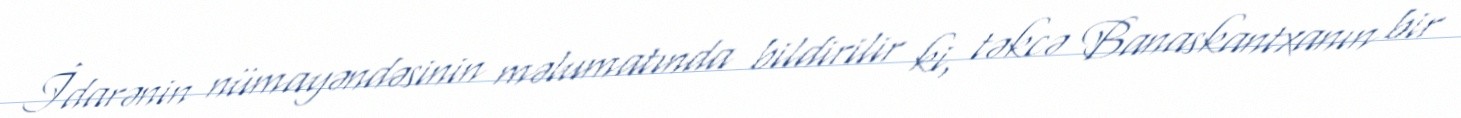
İdarənin nümayəndəsinin məlumatında bildirilir ki, təkcə Banaskantxanın bir